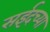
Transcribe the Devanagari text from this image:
सईदच्या